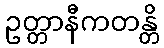
ဥတ္တာနီကတန္တိ